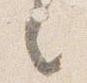
々